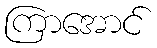
ကြာအောင်